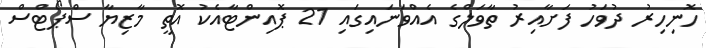
ހޮނިހިރު ދުވަހު ފަށާއިރު ތާވަލްގެ އެއްވަނައިގައި 21 ޕޮއިންޓާއެކު އޮތީ މާޒިޔާ ސްޕޯޓްސް